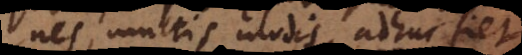
ines, multis modis, adhuc fiet,